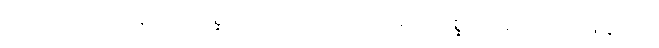
အယံ၊ ဤကထံဟူသော ပုစ္ဆာသည်။ ကထေတုကမျတာပုစ္ဆာ၊ တည်း။ ဝါ၊ ဖြေခြင်းငှာ